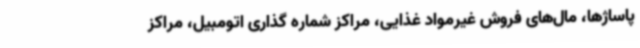
پاساژها، مال‌های فروش غیرمواد غذایی، مراکز شماره ‌گذاری اتومبیل، مراکز